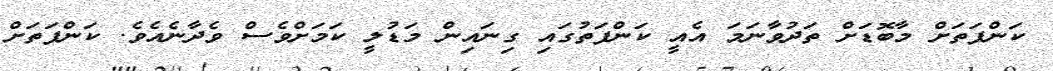
ކަންފަތަށް މާބޮޑަށް ތަދުވާނަމަ އެއީ ކަންފަތުގައި ގިނައިން މަޑުލީ ކަމަށްވެސް ވެދާނެއެވެ. ކަންފަތަށް